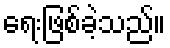
ရေးဖြစ်ခဲ့သည်။